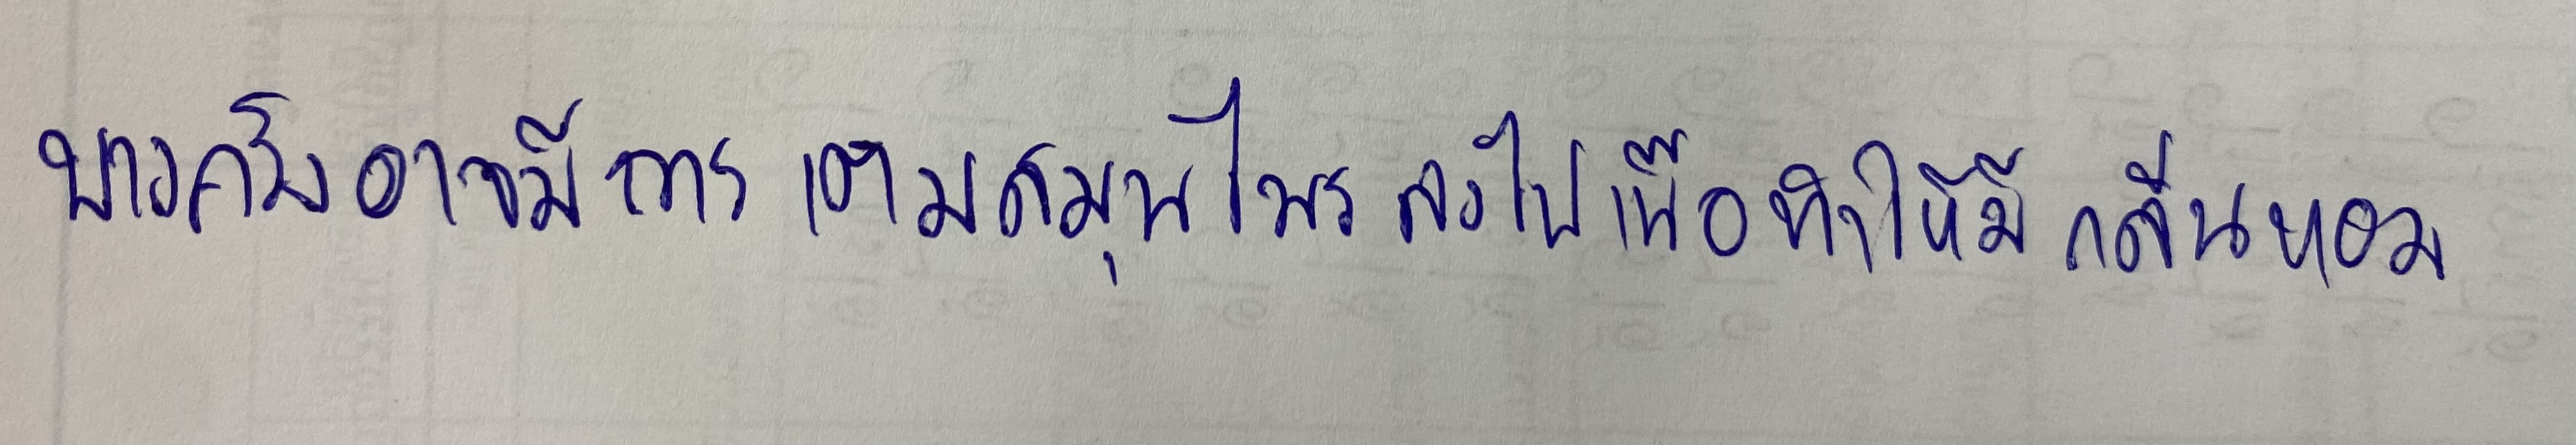
บางครั้งอาจมีการเติมสมุนไพรลงไปเพื่อทำให้มีกลิ่นหอม